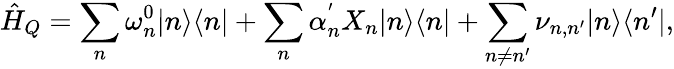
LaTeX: \hat{H}_{Q}=\sum_{n}{\omega_{n}^{0}|n\rangle\langle n|}+\sum_{n}{\alpha_{n}^{'}X_{n}|n\rangle\langle n|}+\sum_{n\ne n^{\prime}}{\nu_{n,n^{\prime}}|n\rangle\langle n^{\prime}|},